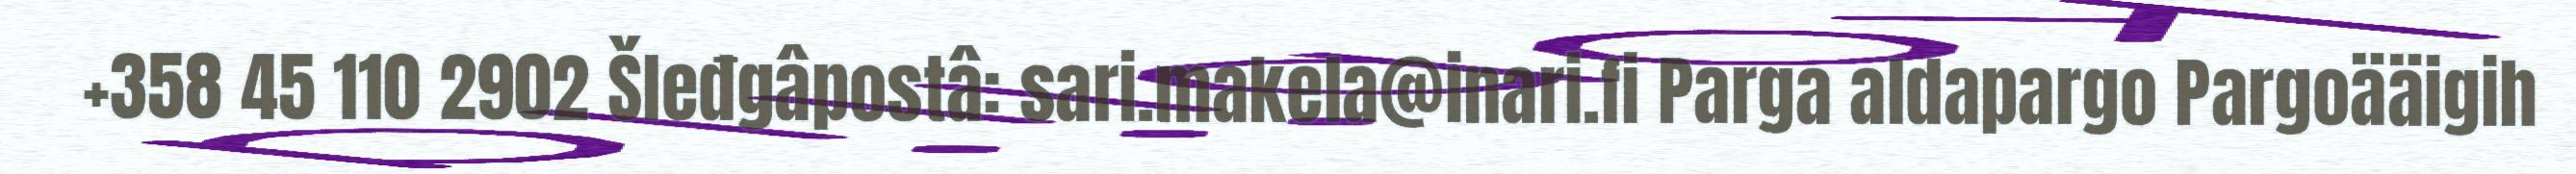
+358 45 110 2902 Šleđgâpostâ: sari.makela@inari.fi Parga aldapargo Pargoääigih